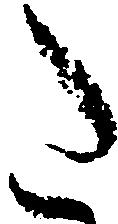
た